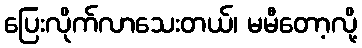
ပြေးလိုက်လာသေးတယ်၊ မမီတော့လို့